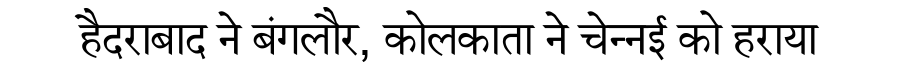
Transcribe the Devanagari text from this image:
हैदराबाद ने बंगलौर, कोलकाता ने चेन्नई को हराया